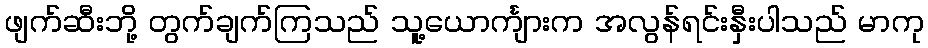
ဖျက်ဆီးဘို့ တွက်ချက်ကြသည် သူ့ယောင်္ကျားက အလွန်ရင်းနှီးပါသည် မာကု